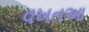
વખતઆ